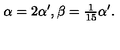
\alpha = 2 \alpha ^ { \prime } , \beta = { \textstyle \frac { 1 } { 1 5 } } \alpha ^ { \prime } .